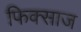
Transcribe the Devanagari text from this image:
फिक्साज